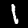
Label: 1